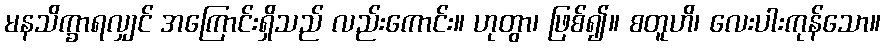
မနသိက္ခာရလျှင် အကြောင်းရှိသည် လည်းကောင်း။ ဟုတွာ၊ ဖြစ်၍။ စတူဟိ၊ လေးပါးကုန်သော။